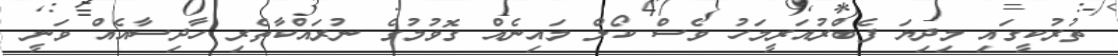
ތުރުކީގައި މިދިޔަ ފެބްރުއަރީމަހު ވެސް ކޯލް މައިނެއް ގޮވުމުގެ ނުރައްކާތެރި ހާދިސާއެއް ވަނީ